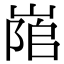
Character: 𡺇